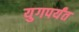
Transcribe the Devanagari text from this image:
युगपर्यंत